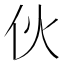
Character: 伙